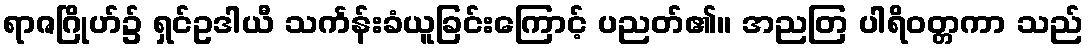
ရာဇဂြိုဟ်၌ ရှင်ဥဒါယီ သင်္ကန်းခံယူခြင်းကြောင့် ပညတ်၏။ အညတြ ပါရိဝတ္တကာ သည်